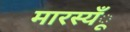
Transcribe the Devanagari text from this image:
मारस्यँू